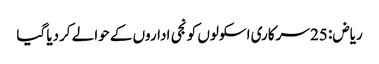
ریاض: 25 سرکاری اسکولوں کو نجی اداروں کے حوالے کردیا گیا